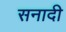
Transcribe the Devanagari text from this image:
सनादी